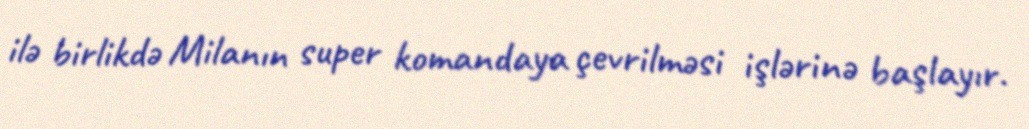
ilə birlikdə Milanın super komandaya çevrilməsi işlərinə başlayır.